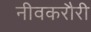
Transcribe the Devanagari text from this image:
नीवकरौरी